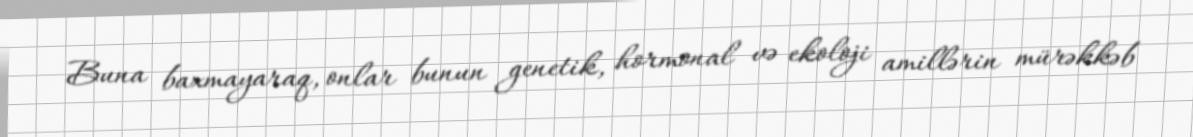
Buna baxmayaraq, onlar bunun genetik, hormonal və ekoloji amillərin mürəkkəb